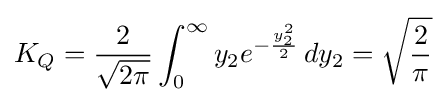
K_{Q}={\frac {2}{\sqrt {2\pi }}}\int _{0}^{\infty }y_{2}e^{-{\frac {y_{2}^{2}}{2}}}\,dy_{2}={\sqrt {\frac {2}{\pi }}}